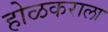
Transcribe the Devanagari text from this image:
होळकराला